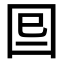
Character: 𡇆